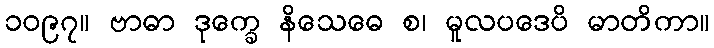
၁၀၉၇။ ဗာဓာ ဒုက္ခေ နိသေဓေ စ၊ မူလပဒေပိ မာတိကာ။